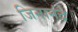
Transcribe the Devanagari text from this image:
जिनानंद